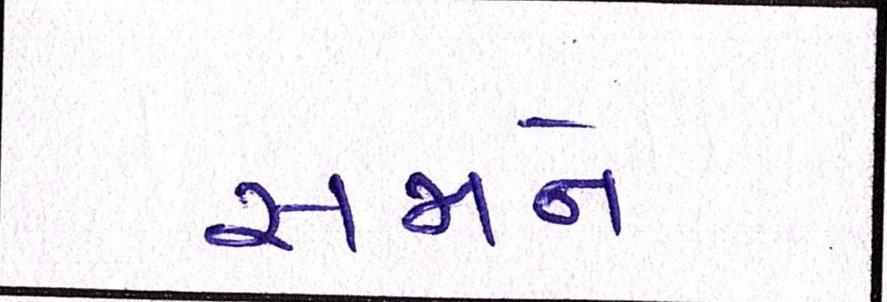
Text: સજાને